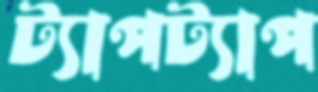
ট্যাপট্যাপ